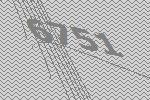
6751